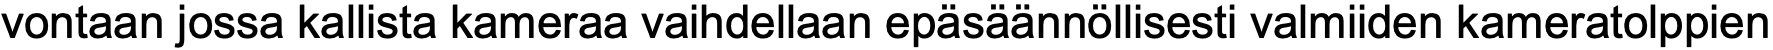
vontaan jossa kallista kameraa vaihdellaan epäsäännöllisesti valmiiden kameratolppien